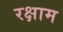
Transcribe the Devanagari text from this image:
रक्षाम